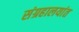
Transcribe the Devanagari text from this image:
संग्रहालयांत